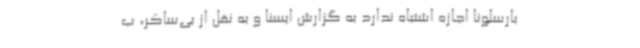
بارسلونا اجازه اشتباه ندارد به گزارش ایسنا و به نقل از بی‌ساکر، ب